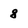
Character: 8